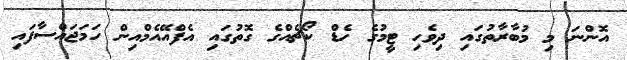
އޮންނަ މި މުބާރާތުގައި ދިވެހި ޓީމުގެ ހެޑް ކޯޗެއްގެ ގޮތުގައި އެފްއޭއެމްއިން ހަމަޖައްސާފައި